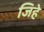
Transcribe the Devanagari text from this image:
जिहे